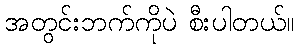
အတွင်းဘက်ကိုပဲ စီးပါတယ်။